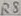
Text: R8